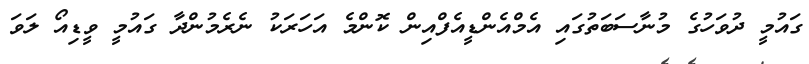
ގައުމީ ދުވަހުގެ މުނާސަބަތުގައި އެމްއެންޑީއެފްއިން ކޮންމެ އަހަރަކު ނެރެމުންދާ ގައުމީ ވީޑިއޯ ލަވަ